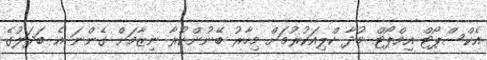
އެކްސްޕޯޓް އިމްޕޯޓް މުދާ ކްލިއަކުރުމަށް މިހާރު ބޭނުންކުރާ ނިޒާމަށް ގެންނަ އެ ބަދަލުގެ